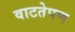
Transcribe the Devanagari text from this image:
वाटतेपण